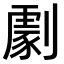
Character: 𠟵